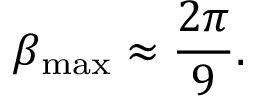
\beta _ { \mathrm { m a x } } \approx \frac { 2 \pi } { 9 } .